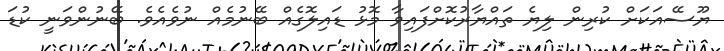
ޔޫސޭއަކަށް ކުރިން ލިޔެ ތައްޔާރުކޮށްފައިވާ މޮޅު ޑައިލޮގެއް ބޭނުމެއް ނުވެއެވެ. ބޭނުންވަނީ ކުޑަ